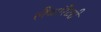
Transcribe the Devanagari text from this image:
लैबॉरेटरी